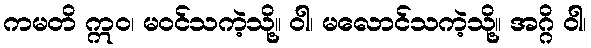
ကမတိ ဣဝ၊ မဝင်သကဲ့သို့။ ဝါ၊ မလောင်သကဲ့သို့။ အဂ္ဂိ ဝါ၊